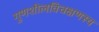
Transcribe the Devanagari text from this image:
गुणशीलविचक्षणस्य